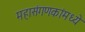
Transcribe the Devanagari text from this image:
महासंगणकांमध्ये